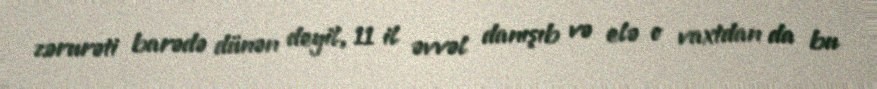
zərurəti barədə dünən deyil, 11 il əvvəl danışıb və elə o vaxtdan da bu